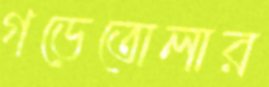
গড়েতোলার